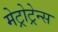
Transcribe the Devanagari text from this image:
मेट्रोट्रेन्स